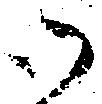
御